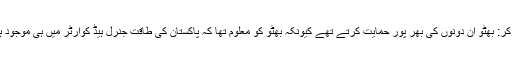
مارکر: بھٹو ان دونوں کی بھر پور حمایت کرتے تھے کیونکہ بھٹو کو معلوم تھا کہ پاکستان کی طاقت جنرل ہیڈ کوارٹر میں ہی موجود ہے۔